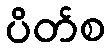
ပိတ်စ